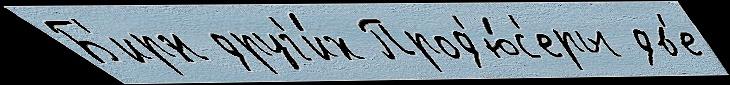
Б'ирн друг'и́х Прод'ю́с'еры дв'е